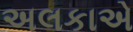
અલકાએ